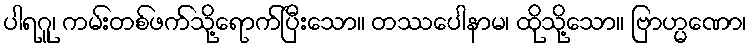
ပါရဂူ၊ ကမ်းတစ်ဖက်သို့ရောက်ပြီးသော။ တဿပေါနာမ၊ ထိုသို့သော။ ဗြာဟ္မဏော၊